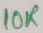
Text: 10K